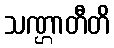
သဏ္ဌာတီတိ